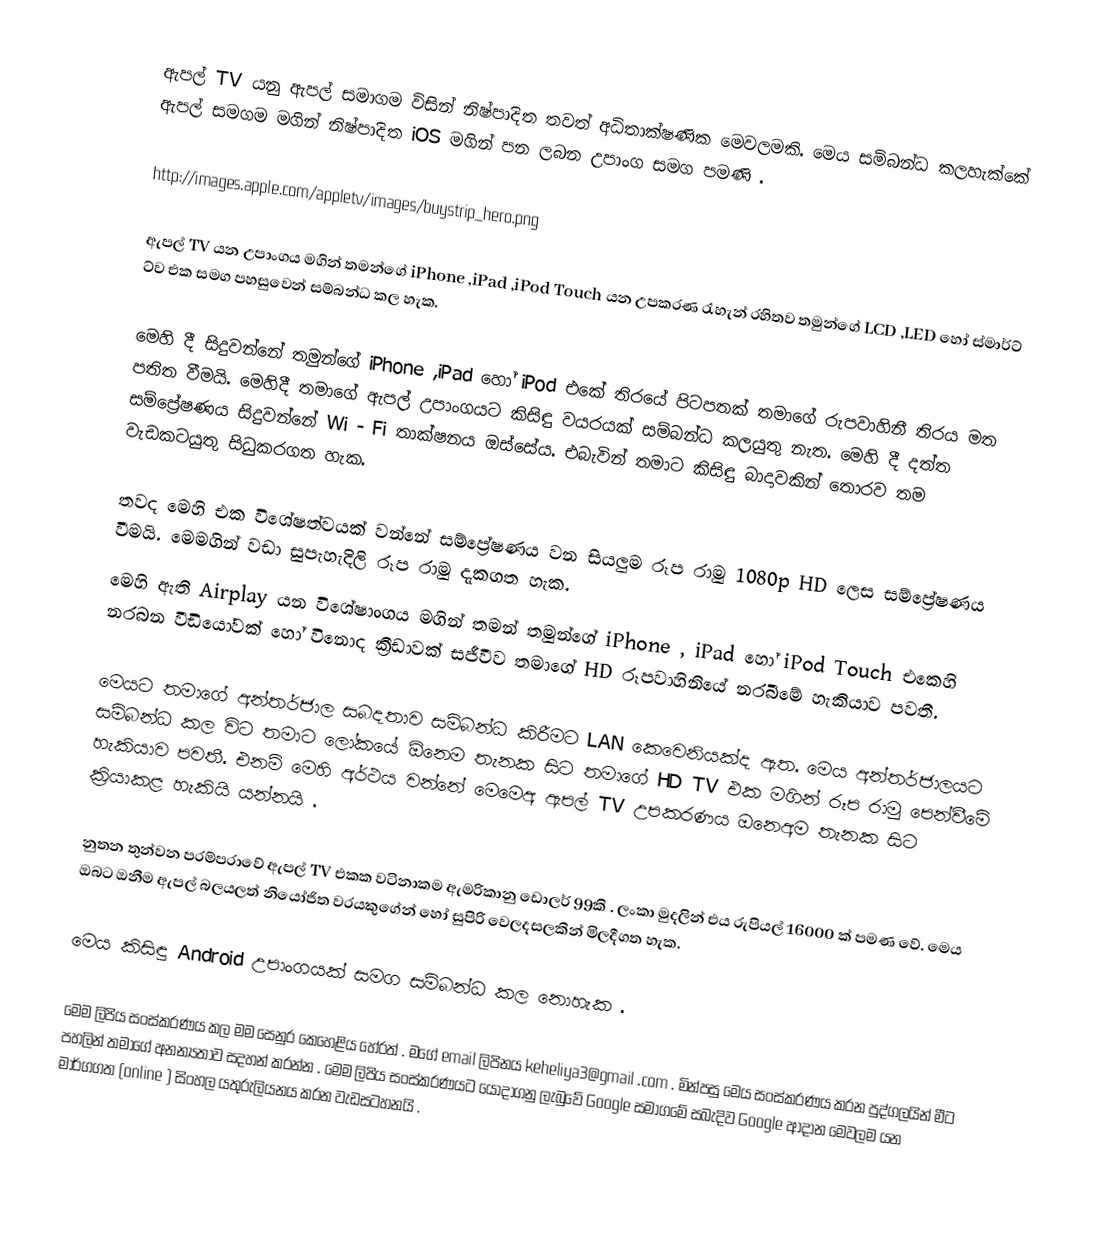
ඇපල් TV  යනු ඇපල් සමාගම  විසින් නිෂ්පාදිත තවත් අධිතාක්ෂණික මෙවලමකි. මෙය සම්බන්ධ කලහැක්කේ ඇපල් සමගම මගින් නිෂ්පාදිත iOS මගින් පන ලබන උපාංග සමග පමණි .

http://images.apple.com/appletv/images/buystrip_hero.png

ඇපල්  TV  යන උපාංගය මගින් තමන්ගේ iPhone ,iPad ,iPod Touch යන උපකරණ රැහැන්  රහිතව තමුන්ගේ LCD ,LED හෝ ස්මාර්ට් ට්ව එක සමග පහසුවෙන් සම්බන්ධ කල හැක.

මෙහි දී සිදුවන්නේ තමුන්ගේ iPhone ,iPad  හෝ iPod  එකේ තිරයේ පිටපතක් තමාගේ රුපවාහිනී තිරය මත පතිත වීමයි. මෙහිදී තමාගේ ඇපල්  උපාංගයට කිසිඳු වයරයක් සම්බන්ධ කලයුතු නැත. මෙහි දී දත්ත සම්ප්‍රේෂණය සිදුවන්නේ Wi - Fi  තාක්ෂනය ඔස්සේය. එබැවින් තමාට කිසිඳු බාදාවකින් තොරව තම වැඩකටයුතු සිධුකරගත හැක.

තවද මෙහි එක විශේෂත්වයක් වන්නේ සම්ප්‍රේෂණය වන සියලුම රූප රාමු 1080p HD  ලෙස සම්ප්‍රේෂණය වීමයි. මෙමගින් වඩා සුපැහැදිලි රූප රාමු දැකගත හැක.
මෙහි ඇති Airplay යන විශේෂාංගය මගින් තමන් තමුන්ගේ iPhone , iPad  හෝ  iPod  Touch  එකෙහි නරබන වීඩියෝවක් හෝ විනොද ක්‍රීඩාවක් සජීවීව තමාගේ HD රූපවාහිනියේ නරබීමේ හැකියාව පවතී.

මෙයට තමාගේ අන්තර්ජාල සබදතාව සම්බන්ධ කිරීමට LAN  කෙවෙනියක්ද ඇත. මෙය  අන්තර්ජාලයට සම්බන්ධ කල විට තමාට ලෝකයේ ඕනෙම තැනක සිට තමාගේ HD  TV  එක මගින් රූප රාමු පෙන්වීමේ හැකියාව පවතී. එනම් මෙහි අර්ථය වන්නේ මෙමෙඅ ඇපල්  TV උපකරණය ඔනෙඅම තැනක සිට ක්‍රියාකළ හැකියි යන්නයි .

නුතන තුන්වන පරම්පරාවේ ඇපල්  TV එකක වටිනාකම ඇමරිකානු ඩොලර් 99කි . ලංකා මුදලින් එය රුපියල් 16000 ක් පමණ වේ. මෙය ඔබට ඔනීම ඇපල්  බලයලත් නියෝජිත වරයකුගේන් හෝ සුපිරි වෙලදසලකින් මිලදීගත හැක.

මෙය කිසිඳු Android  උපාංගයක් සමග සම්බන්ධ කල නොහැක .

මෙම ලිපිය සංස්කරණය කල මම සෙනුර කෙහෙළිය හේරත් . මගේ email  ලිපිනය keheliya3@gmail .com . මින්පසු මෙය සංස්කරණය කරන පුද්ගලයින් මීට පහලින් තමාගේ අනන්‍යතාව සදහන් කරන්න  . මෙම ලිපිය සංස්කරණයට යොදාගනු ලැබුවේ Google සමාගමේ සබැදිව  Google ආදාන මෙවලම  යන මාර්ගගත (online ) සිංහල යතුරුලියනය කරන වැඩසටහනයි .